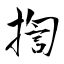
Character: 揈